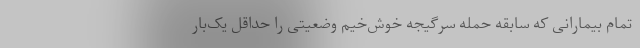
تمام بیمارانی که سابقه حمله سرگیجه خوش‌خیم وضعیتی را حداقل یک‌بار